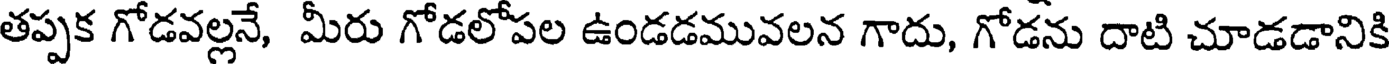
తప్పక గోడవల్లనే, మీరు గోడలోపల ఉండడమువలన గాదు, గోడను దాటి చూడడానికి